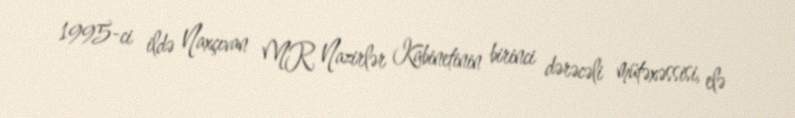
1995-ci ildə Naxçıvan MR Nazirlər Kabinetinin birinci dərəcəli mütəxəssisi, elə